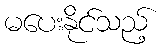
မပေးနိုင်သည့်